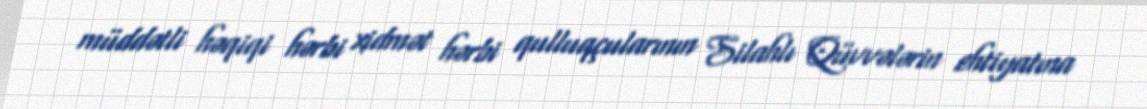
müddətli həqiqi hərbi xidmət hərbi qulluqçularının Silahlı Qüvvələrin ehtiyatına